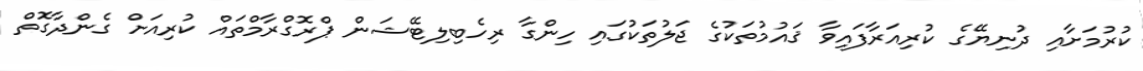
ކުރުމަށާއި ދުނިޔޭގެ ކުރިއަރާފައިވާ ޤައުމުތަކުގެ ޖަލުތަކުގައި ހިންގާ ރިހެބިލިޓޭޝަން ޕްރޮގްރާމްތައް ކުރިއަށް ގެންދާގޮތް